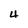
Character: 4